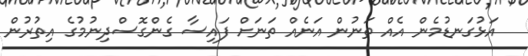
އަޅުގަނޑުމެން އެއް ތަނުން އަނެއް ތަނަށް ފައިސާ ގެންގޮސްދިނުމުގެ އިތުރުން